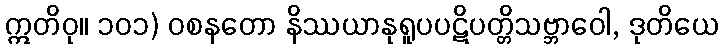
ဣတိဝု။ ၁၀၁) ဝစနတော နိဿယာနုရူပပဋိပတ္တိသဗ္ဘာဝေါ, ဒုတိယေ